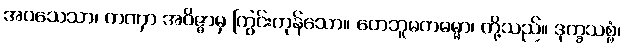
အဝသေသာ၊ တဏှာ အဝိဇ္ဇာမှ ကြွင်းကုန်သော။ တေဘူမကဓမ္မာ၊ တို့သည်။ ဒုက္ခသစ္စံ၊